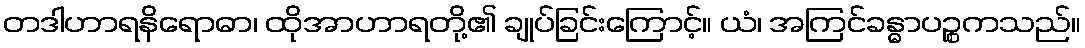
တဒါဟာရနိရောဓာ၊ ထိုအာဟာရတို့၏ ချုပ်ခြင်းကြောင့်။ ယံ၊ အကြင်ခန္ဓာပဉ္စကသည်။